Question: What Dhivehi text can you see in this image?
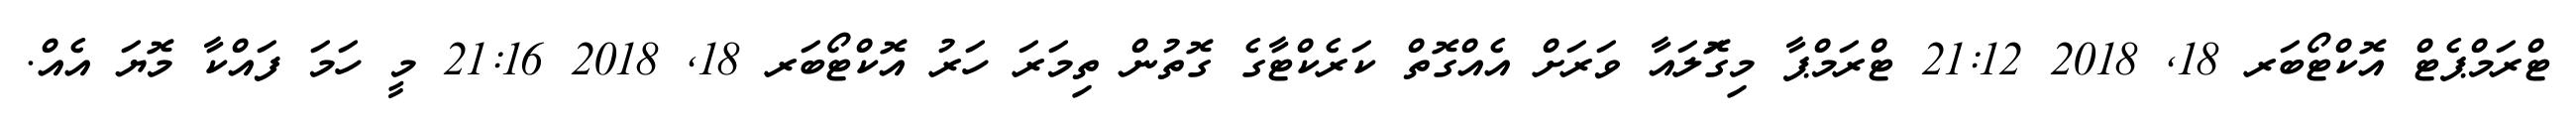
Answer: ޓްރަމްޕެޓް އޮކްޓޯބަރ 18, 2018 21:12 ޓްރަމްޕާ މިގޮަލައާ ވަރަށް އެއްގޮތް ކަރެކްޓާގެ ގޮތުން ތިމަރަ ހަރު އޮކްޓޯބަރ 18, 2018 21:16 މީ ހަމަ ފައްކާ މޮޔަ އެއް.